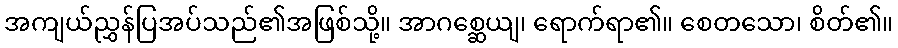
အကျယ်ညွှန်ပြအပ်သည်၏အဖြစ်သို့။ အာဂစ္ဆေယျ၊ ရောက်ရာ၏။ စေတသော၊ စိတ်၏။